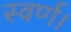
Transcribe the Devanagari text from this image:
स्वर्ण।